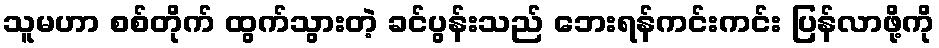
သူမဟာ စစ်တိုက် ထွက်သွားတဲ့ ခင်ပွန်းသည် ဘေးရန်ကင်းကင်း ပြန်လာဖို့ကို